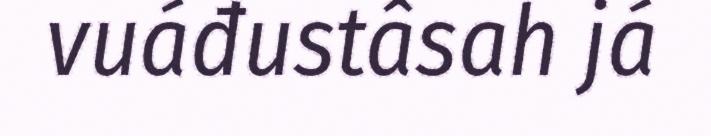
vuáđustâsah já